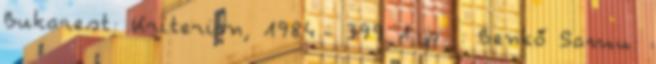
Bukarest: Kriterion, 1984.- 399 1 p. : Benkő Samu: